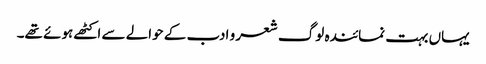
یہاں بہت نمائندہ لوگ شعر و ادب کے حوالے سے اکٹھے ہوئے تھے۔